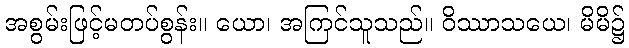
အစွမ်းဖြင့်မတပ်စွန်း။ ယော၊ အကြင်သူသည်။ ဝိဿာသယေ၊ မိမိ၌